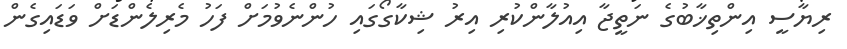
ރިޔާސީ އިންތިޚާބުގެ ނަތީޖާ އިއުލާންކުރި އިރު ޝިކާގޯގައި ހުންނެވުމަށް ފަހު މެރިލެންޑަށް ވަޑައިގެން